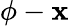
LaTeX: \phi-\mathbf{x}